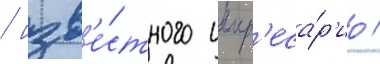
/ изв'е́стного импр'еса́р'ио /